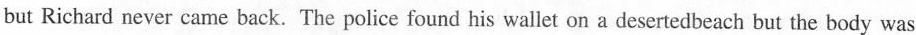
but Richard never came back.